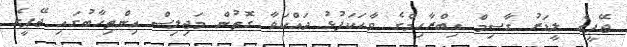
ޖޭޕީގެ ލީޑަރު ގާސިމް އިބްރާހިމްގެ ވާހަކަފުޅު ދައްކަވާ ގޮތުން މަޖިލިސް އިންތިހާބުގައި ޖޭޕީގެ